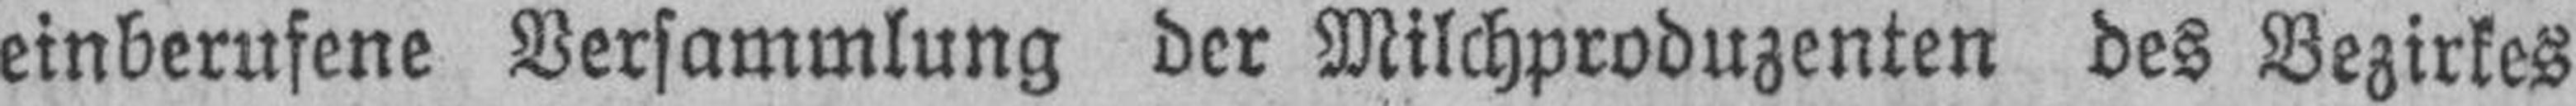
einberufene Versammlung der Milchproduzenten des Bezirkes